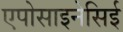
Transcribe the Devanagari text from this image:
एपोसाइनेसिई